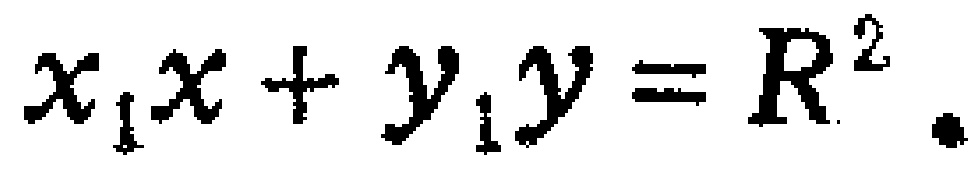
$x_{1}x + y_{1}y = R^{2}.$